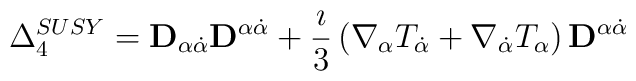
\Delta_{4}^{SUSY} = {\bf D}_{\alpha\dot{\alpha}}{\bf D}^{\alpha\dot{\alpha}} +\frac{\imath}{3}\left(\nabla_{\alpha}T_{\dot{\alpha}} + \nabla_{\dot{\alpha}}T_{\alpha}\right){\bf D}^{\alpha\dot{\alpha}}